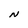
Character: N